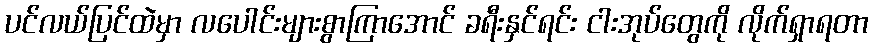
ပင်လယ်ပြင်ထဲမှာ လပေါင်းများစွာကြာအောင် ခရီးနှင်ရင်း ငါးအုပ်တွေကို လိုက်ရှာရတာ